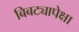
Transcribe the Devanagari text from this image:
बिबट्यापेक्षा